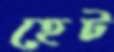
হেট